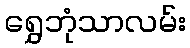
ရွှေဘုံသာလမ်း